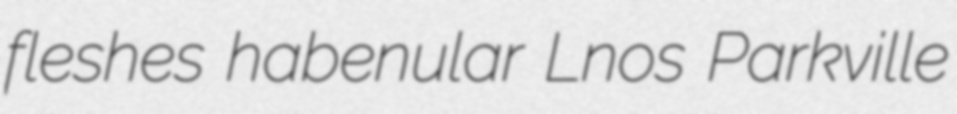
fleshes habenular Lnos Parkville